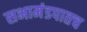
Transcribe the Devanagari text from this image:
सभामंडपातच